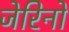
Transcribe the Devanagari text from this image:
जेरिनो